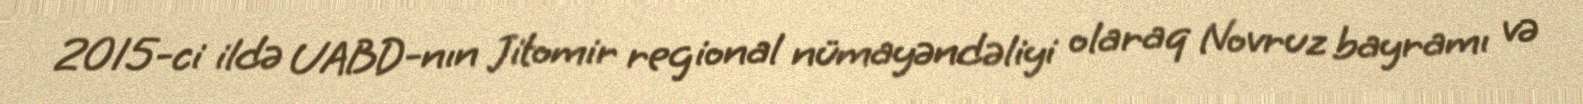
2015-ci ildə UABD-nın Jitomir regional nümayəndəliyi olaraq Novruz bayramı və